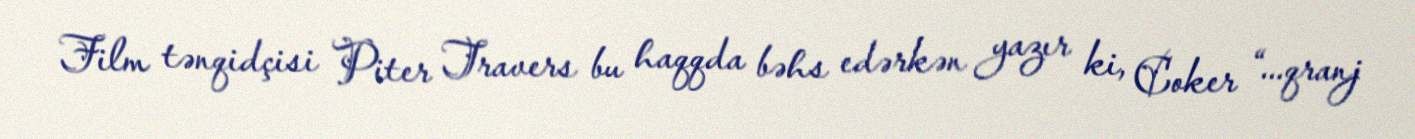
Film tənqidçisi Piter Travers bu haqqda bəhs edərkən yazır ki, Coker “...qranj